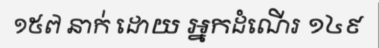
១៥៧ នាក់ ដោយ អ្នកដំណើរ ១៤៩